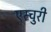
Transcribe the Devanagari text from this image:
एस्चुरी